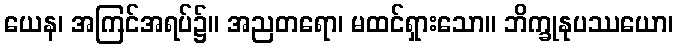
ယေန၊ အကြင်အရပ်၌။ အညတရော၊ မထင်ရှားသော။ ဘိက္ခုနုပဿယော၊